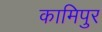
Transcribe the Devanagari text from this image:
कामिपुर